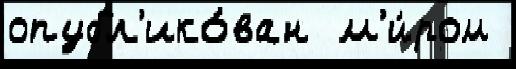
опубл'ико́ван  м'и́ром